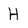
Character: H